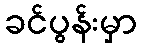
ခင်ပွန်းမှာ